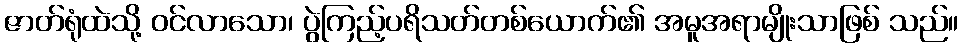
ဇာတ်ရုံထဲသို့ ဝင်လာသော၊ ပွဲကြည့်ပရိသတ်တစ်ယောက်၏ အမူအရာမျိုးသာဖြစ် သည်။